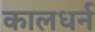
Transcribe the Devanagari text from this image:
कालधर्न